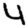
Digit: 4